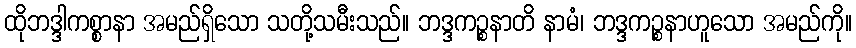
ထိုဘဒ္ဒါကစ္စာနာ အမည်ရှိသော သတို့သမီးသည်။ ဘဒ္ဒကဉ္စနာတိ နာမံ၊ ဘဒ္ဒကဉ္စနာဟူသော အမည်ကို။